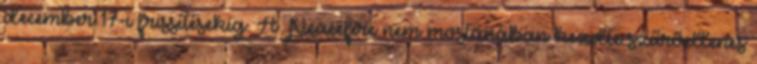
december 17-i frissítésekig. A Peacefire nem mostanában kezdte szűrőellenes